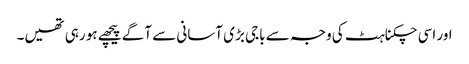
اور اسی چکناہٹ کی وجہ سے باجی بڑی آسانی سے آگے پیچھے ہو رہی تھیں۔